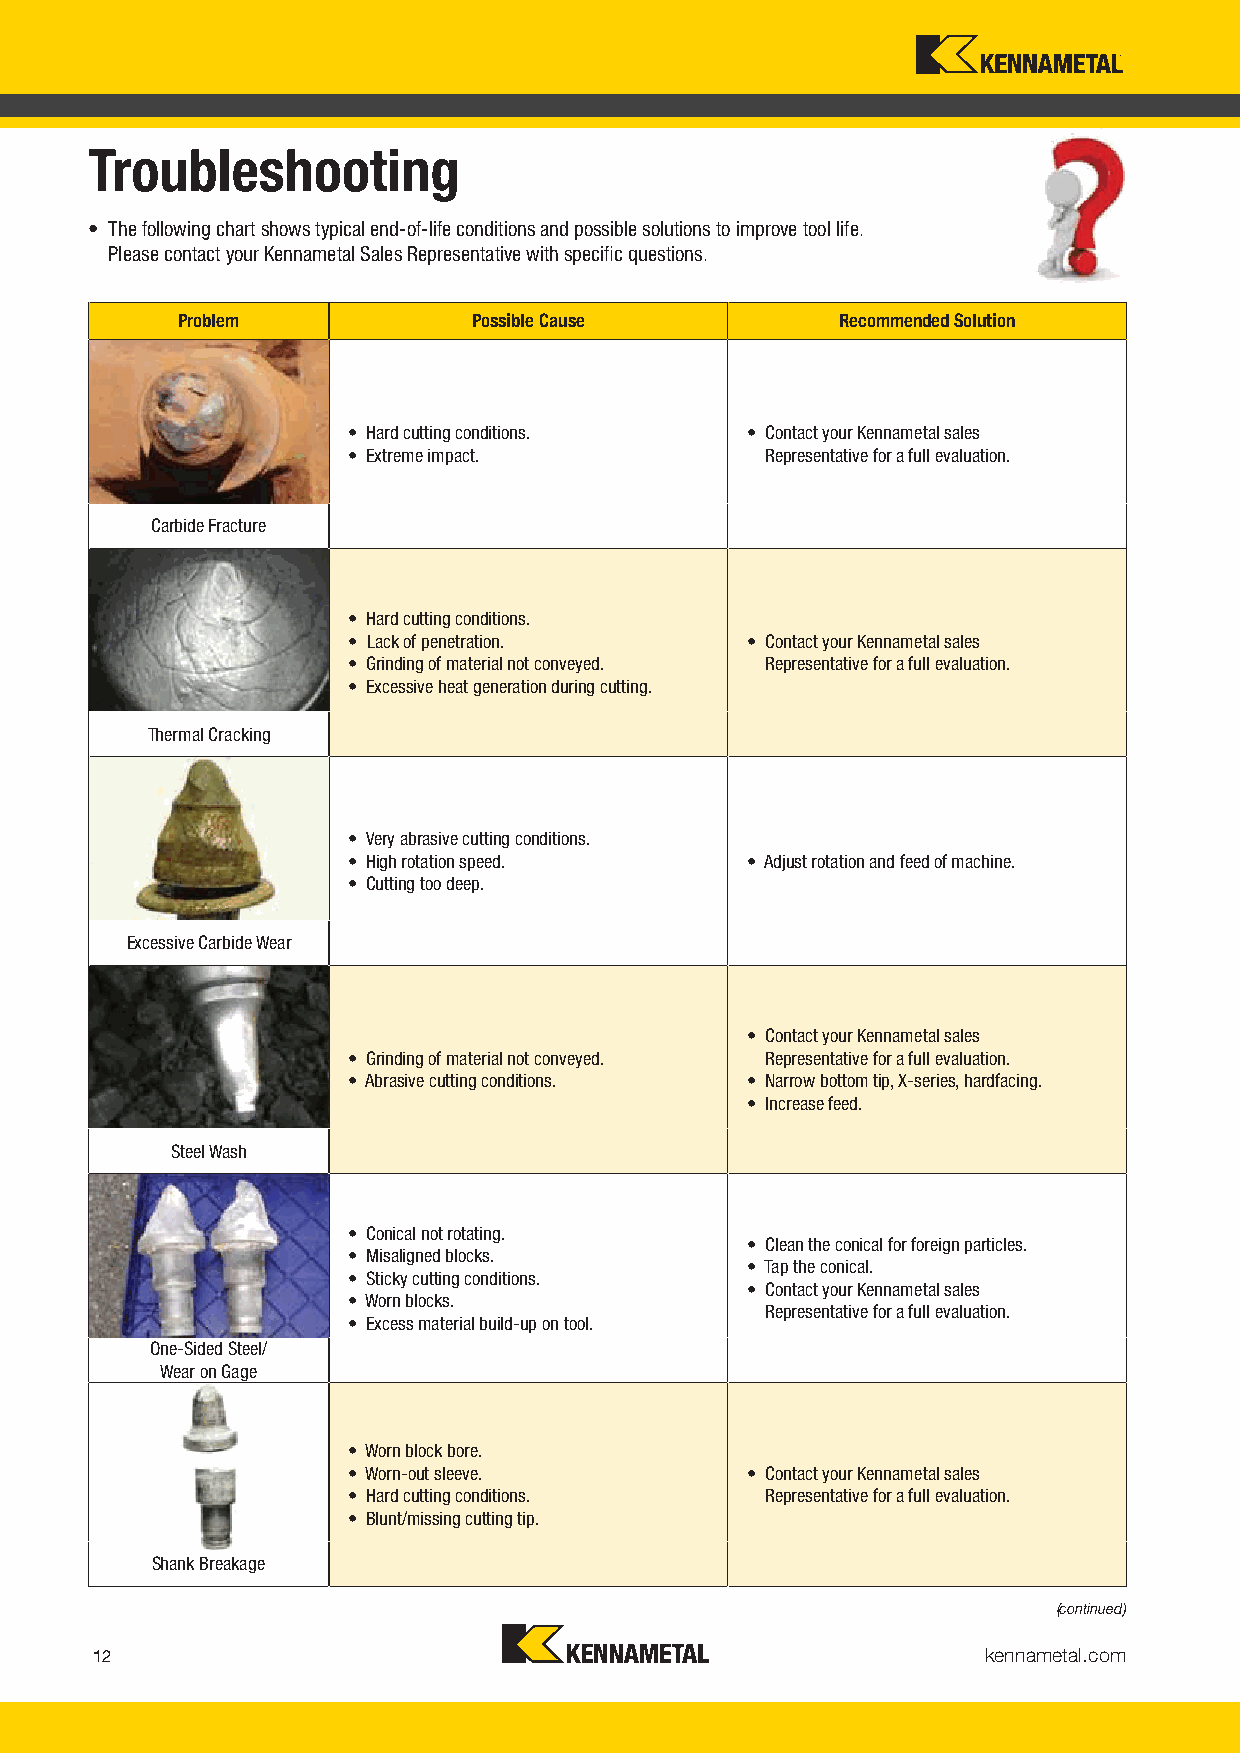
Troubleshooting
 • The following chart shows typical end-of-life conditions and possible solutions to improve tool life.
 Please contact your Kennametal Sales Representative with specific questions.
 Problem            Possible Cause           Recommended Solution
 • Hard cutting conditions. • Contact your Kennametal sales
 • Extreme impact.           Representative for a full evaluation.
 Carbide Fracture
 • Hard cutting conditions.
 • Lack of penetration.     • Contact your Kennametal sales
 • Grinding of material not conveyed. Representative for a full evaluation.
 • Excessive heat generation during cutting.
 Thermal Cracking
 • Very abrasive cutting conditions.
 • High rotation speed.     • Adjust rotation and feed of machine.
 • Cutting too deep.
 Excessive Carbide Wear
 • Contact your Kennametal sales
 • Grinding of material not conveyed. Representative for a full evaluation.
 • Abrasive cutting conditions. • Narrow bottom tip, X-series, hardfacing.
 • Increase feed.
 Steel Wash
 • Conical not rotating.
 • Clean the conical for foreign particles.
 • Misaligned blocks.
 • Tap the conical.
 • Sticky cutting conditions.
 • Contact your Kennametal sales
 • Worn blocks.
 Representative for a full evaluation.
 • Excess material build-up on tool.
 One-Sided Steel/
 Wear on Gage
 • Worn block bore.
 • Worn-out sleeve.         • Contact your Kennametal sales
 • Hard cutting conditions.  Representative for a full evaluation.
 • Blunt/missing cutting tip.
 Shank Breakage
 (continued)
 kennametal.com
 12
 KMT_FounLdation_DrillingV_2016i_CataKlogM_0T12F-013.inddd i12 Dilli 2016 C l 012 013O b 5 2016517PM 10/13/16 3:22 PM